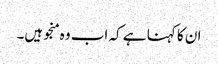
ان کا کہنا ہے کہ اب وہ منجو ہیں۔